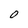
Character: O